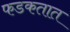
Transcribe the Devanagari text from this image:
फडकतात